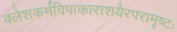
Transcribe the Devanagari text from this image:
क्लेशकर्मविपाकाराशयैरपरामृष्टः